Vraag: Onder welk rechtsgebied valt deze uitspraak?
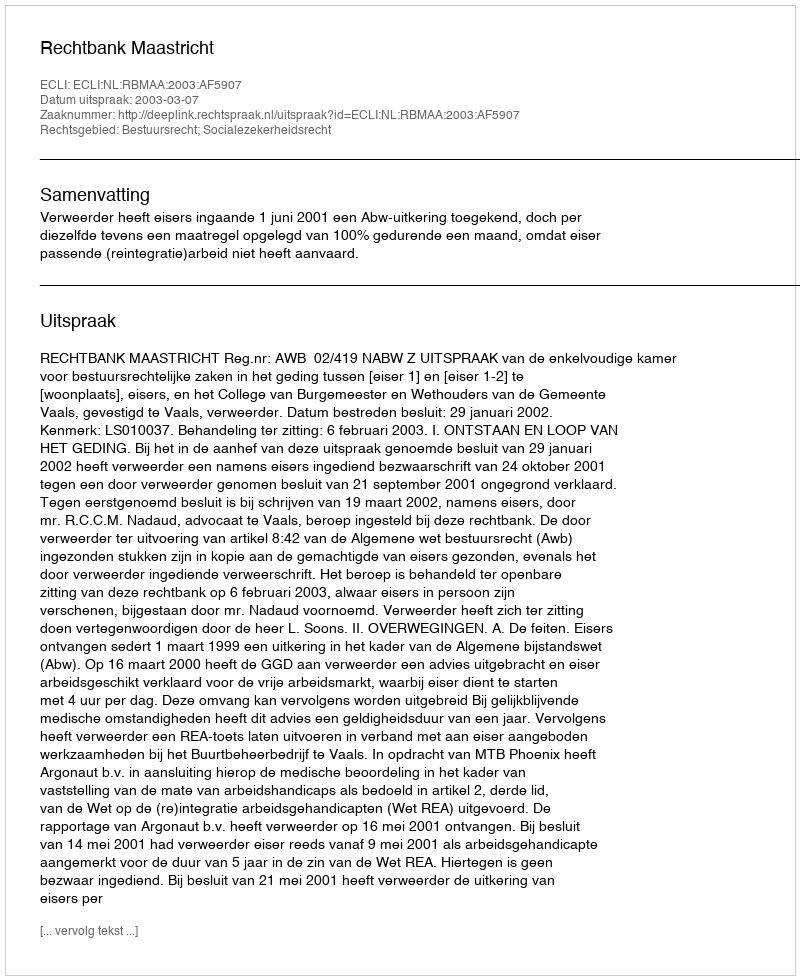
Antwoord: Bestuursrecht; Socialezekerheidsrecht